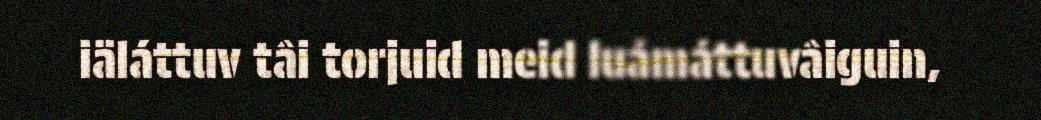
iäláttuv tâi torjuid meid luámáttuvâiguin,